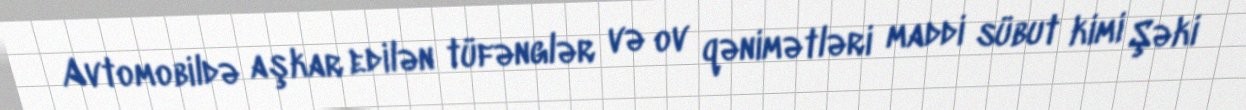
Avtomobildə aşkar edilən tüfənglər və ov qənimətləri maddi sübut kimi Şəki